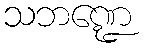
သဘဏ္ဍေ